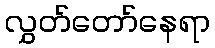
လွှတ်တော်နေရာ